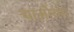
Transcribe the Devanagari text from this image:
चाओयंग